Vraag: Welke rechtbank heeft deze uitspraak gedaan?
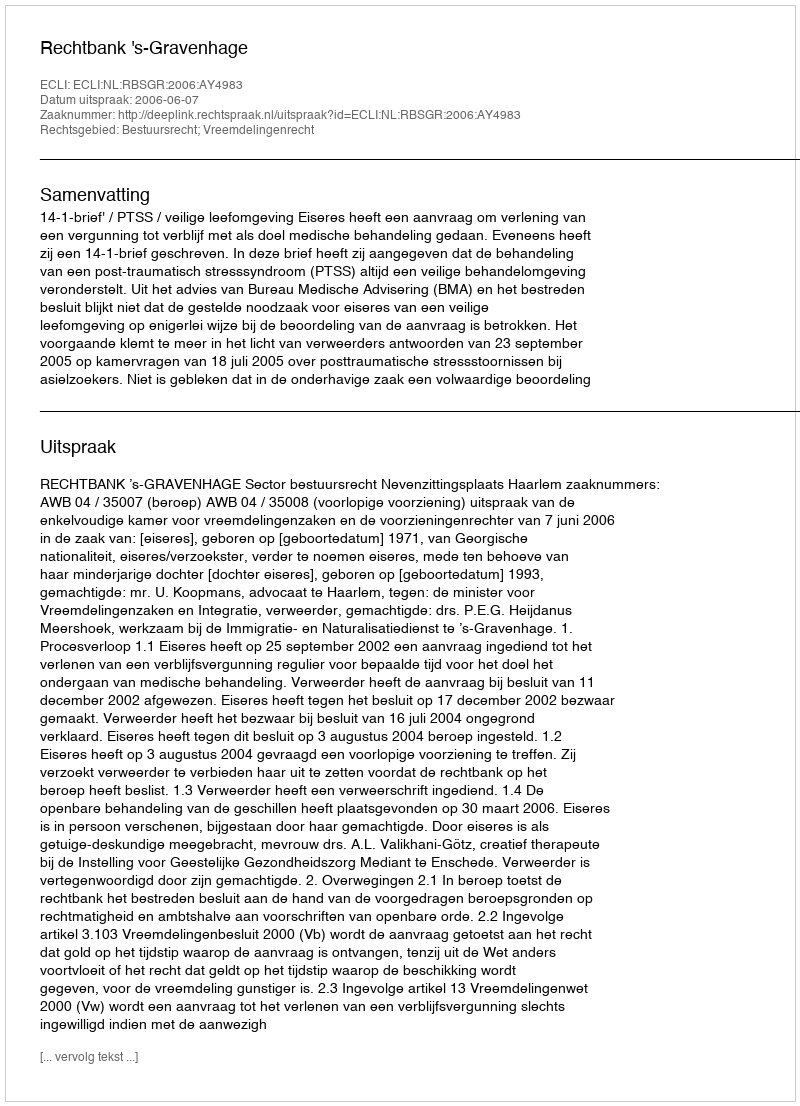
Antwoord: Rechtbank 's-Gravenhage